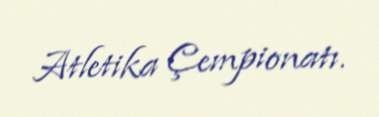
Atletika Çempionatı.